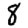
Digit: 8